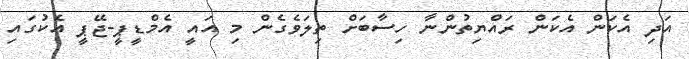
އަދި އެކަން އެކަން ރައްޔިތުންނާ ހިސާބަށް ތިލަވެގެން މި އައީ އެމްޑީޕީ-ޖޭޕީ އެކުގައި